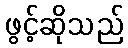
ဖွင့်ဆိုသည်